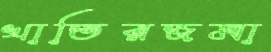
খাতিরজমা